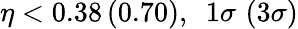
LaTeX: \eta<0.38\, (0.70),\, \, \, 1\sigma\, \, (3\sigma)